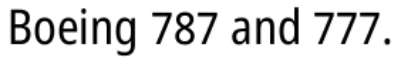
Boeing 787 and 777.